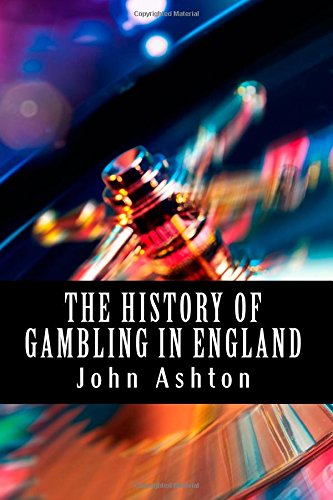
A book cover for The History of Gambling in England; John Ashton; Health, Fitness & Dieting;